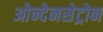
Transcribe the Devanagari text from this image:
ओन्देनसेट्रोन